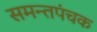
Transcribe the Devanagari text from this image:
समन्तपंचक